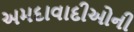
અમદાવાદીઓની